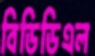
বিডিডিএল